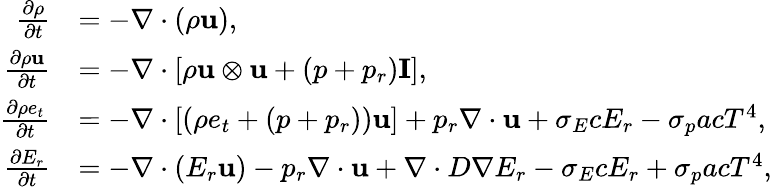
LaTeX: \begin{array}{rl}{\frac{\partial\rho}{\partial t}}&{=-\nabla\cdot\left(\rho\mathbf{u}\right),}\\ {\frac{\partial\rho\mathbf{u}}{\partial t}}&{=-\nabla\cdot\left[\rho\mathbf{u}\otimes\mathbf{u}+(p+{p_{r}})\mathbf{I}\right],}\\ {\frac{\partial\rho e_{t}}{\partial t}}&{=-\nabla\cdot\left[\left(\rho e_{t}+(p+{p_{r}})\right)\mathbf{u}\right]+{p_{r}\nabla\cdot\mathbf{u}}+{\sigma_{E}cE_{r}}-{\sigma_{p}acT^{4}},}\\ {\frac{\partial E_{r}}{\partial t}}&{=-\nabla\cdot\left(E_{r}\mathbf{u}\right)-{p_{r}\nabla\cdot\mathbf{u}}+\nabla\cdot D\nabla E_{r}-{\sigma_{E}cE_{r}}+{\sigma_{p}acT^{4}},}\end{array}